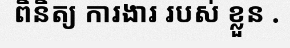
ពិនិត្យ ការងារ របស់ ខ្លួន .